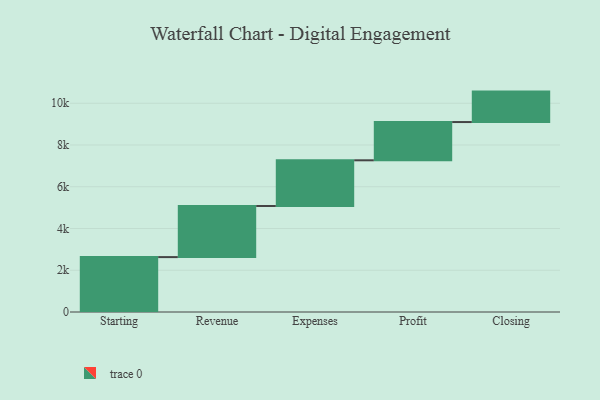
{"axis": {"x": "Step", "y": "Value"}, "legend": [""], "data": [{"x": "Starting", "y": 2630.0, "type": ""}, {"x": "Revenue", "y": 2448.0, "type": ""}, {"x": "Expenses", "y": 2189.0, "type": ""}, {"x": "Profit", "y": 1833.0, "type": ""}, {"x": "Closing", "y": 1458.0, "type": ""}]}